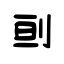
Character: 刯